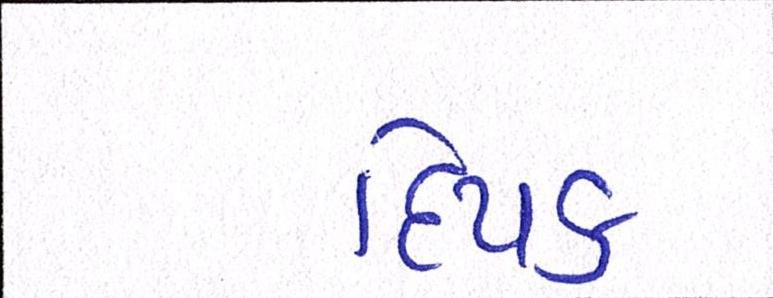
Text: દિપક